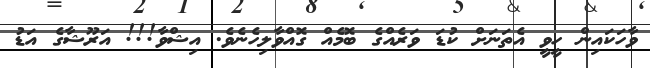
ވާހަކައިން ހީވީ އެތަނަށް ކުޑަ ވަރެއްގެ ބޮމެއް ގޮއްވާލިހެނެވެ. އިޝްވާ!!! އަރޫޝާގެ އަޑު